Civil Veterinary Dept. Assam report 1927-50 - 1927-1950
Year: 1927
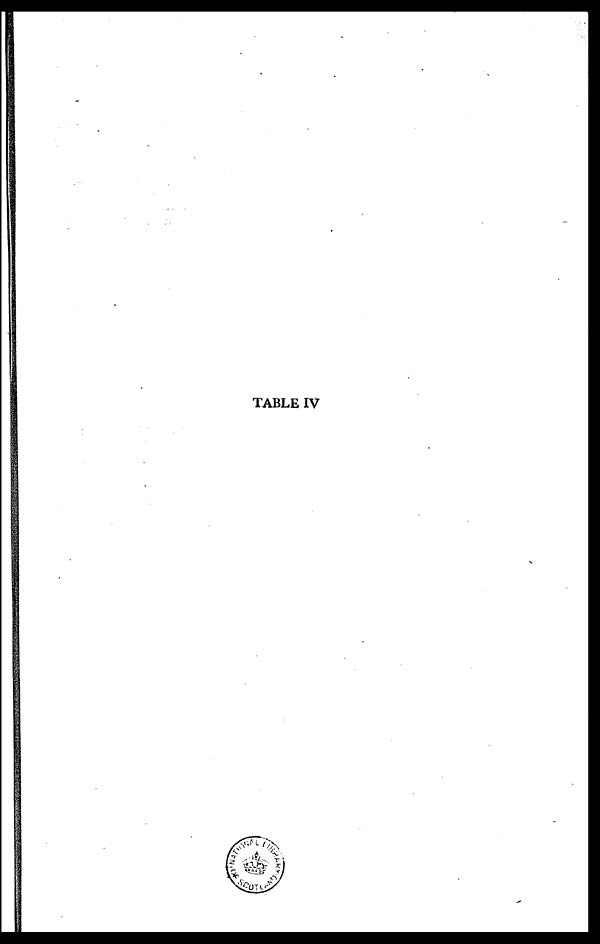
TABLE IV